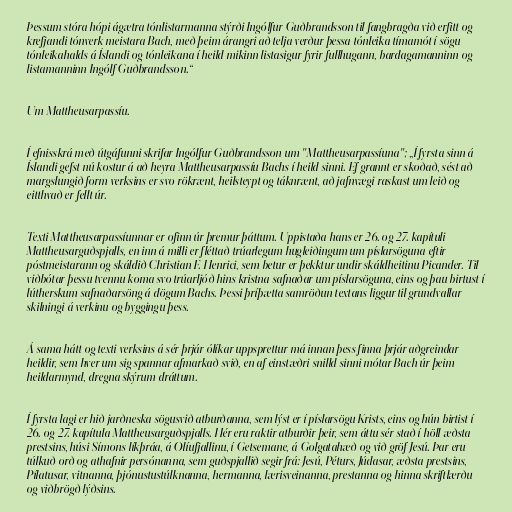
Þessum stóra hópi ágætra tónlistarmanna stýrði Ingólfur Guðbrandsson til fangbragða við erfitt og
krefjandi tónverk meistara Bach, með þeim árangri að telja verður þessa tónleika tímamót í sögu
tónleikahalds á Íslandi og tónleikana í heild mikinn listasigur fyrir fullhugann, bardagamanninn og
listamanninn Ingólf Guðbrandsson.“

Um Mattheusarpassíu.

Í efnisskrá með útgáfunni skrifar Ingólfur Guðbrandsson um "Mattheusarpassíuna"; „Í fyrsta sinn á
Íslandi gefst nú kostur á að heyra Mattheusarpassíu Bachs í heild sinni. Ef grannt er skoðað, sést að
margslungið form verksins er svo rökrænt, heilsteypt og táknrænt, að jafnvægi raskast um leið og
eitthvað er fellt úr.

Texti Mattheusarpassíunnar er ofinn úr þremur þáttum. Uppistaða hans er 26. og 27. kapítuli
Mattheusarguðspjalls, en inn á milli er fléttað trúarlegum hugleiðingum um píslarsöguna eftir
póstmeistarann og skáldið Christian F. Henrici, sem betur er þekktur undir skáldheitinu Picander. Til
viðbótar þessu tvennu koma svo trúarljóð hins kristna safnaðar um píslarsöguna, eins og þau birtust í
lútherskum safnaðarsöng á dögum Bachs. Þessi þríþætta samröðun textans liggur til grundvallar
skilningi á verkinu og byggingu þess.

Á sama hátt og texti verksins á sér þrjár ólíkar uppsprettur má innan þess finna þrjár aðgreindar
heildir, sem hver um sig spannar afmarkað svið, en af einstæðri snilld sinni mótar Bach úr þeim
heildarmynd, dregna skýrum dráttum.

Í fyrsta lagi er hið jarðneska sögusvið atburðanna, sem lýst er í píslarsögu Krists, eins og hún birtist í
26. og 27. kapítula Mattheusarguðspjalls. Hér eru raktir atburðir þeir, sem áttu sér stað í höll æðsta
prestsins, húsi Símons líkþráa, á Olíufjallinu, í Getsemane, á Golgatahæð og við gröf Jesú. Þar eru
túlkuð orð og athafnir persónanna, sem guðspjallið segir frá: Jesú, Péturs, Júdasar, æðsta prestsins,
Pílatusar, vitnanna, þjónustustúlknanna, hermanna, lærisveinanna, prestanna og hinna skriftlærðu
og viðbrögð lýðsins.